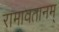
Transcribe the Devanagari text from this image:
रामावतानम्‌